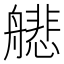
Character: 𫇟